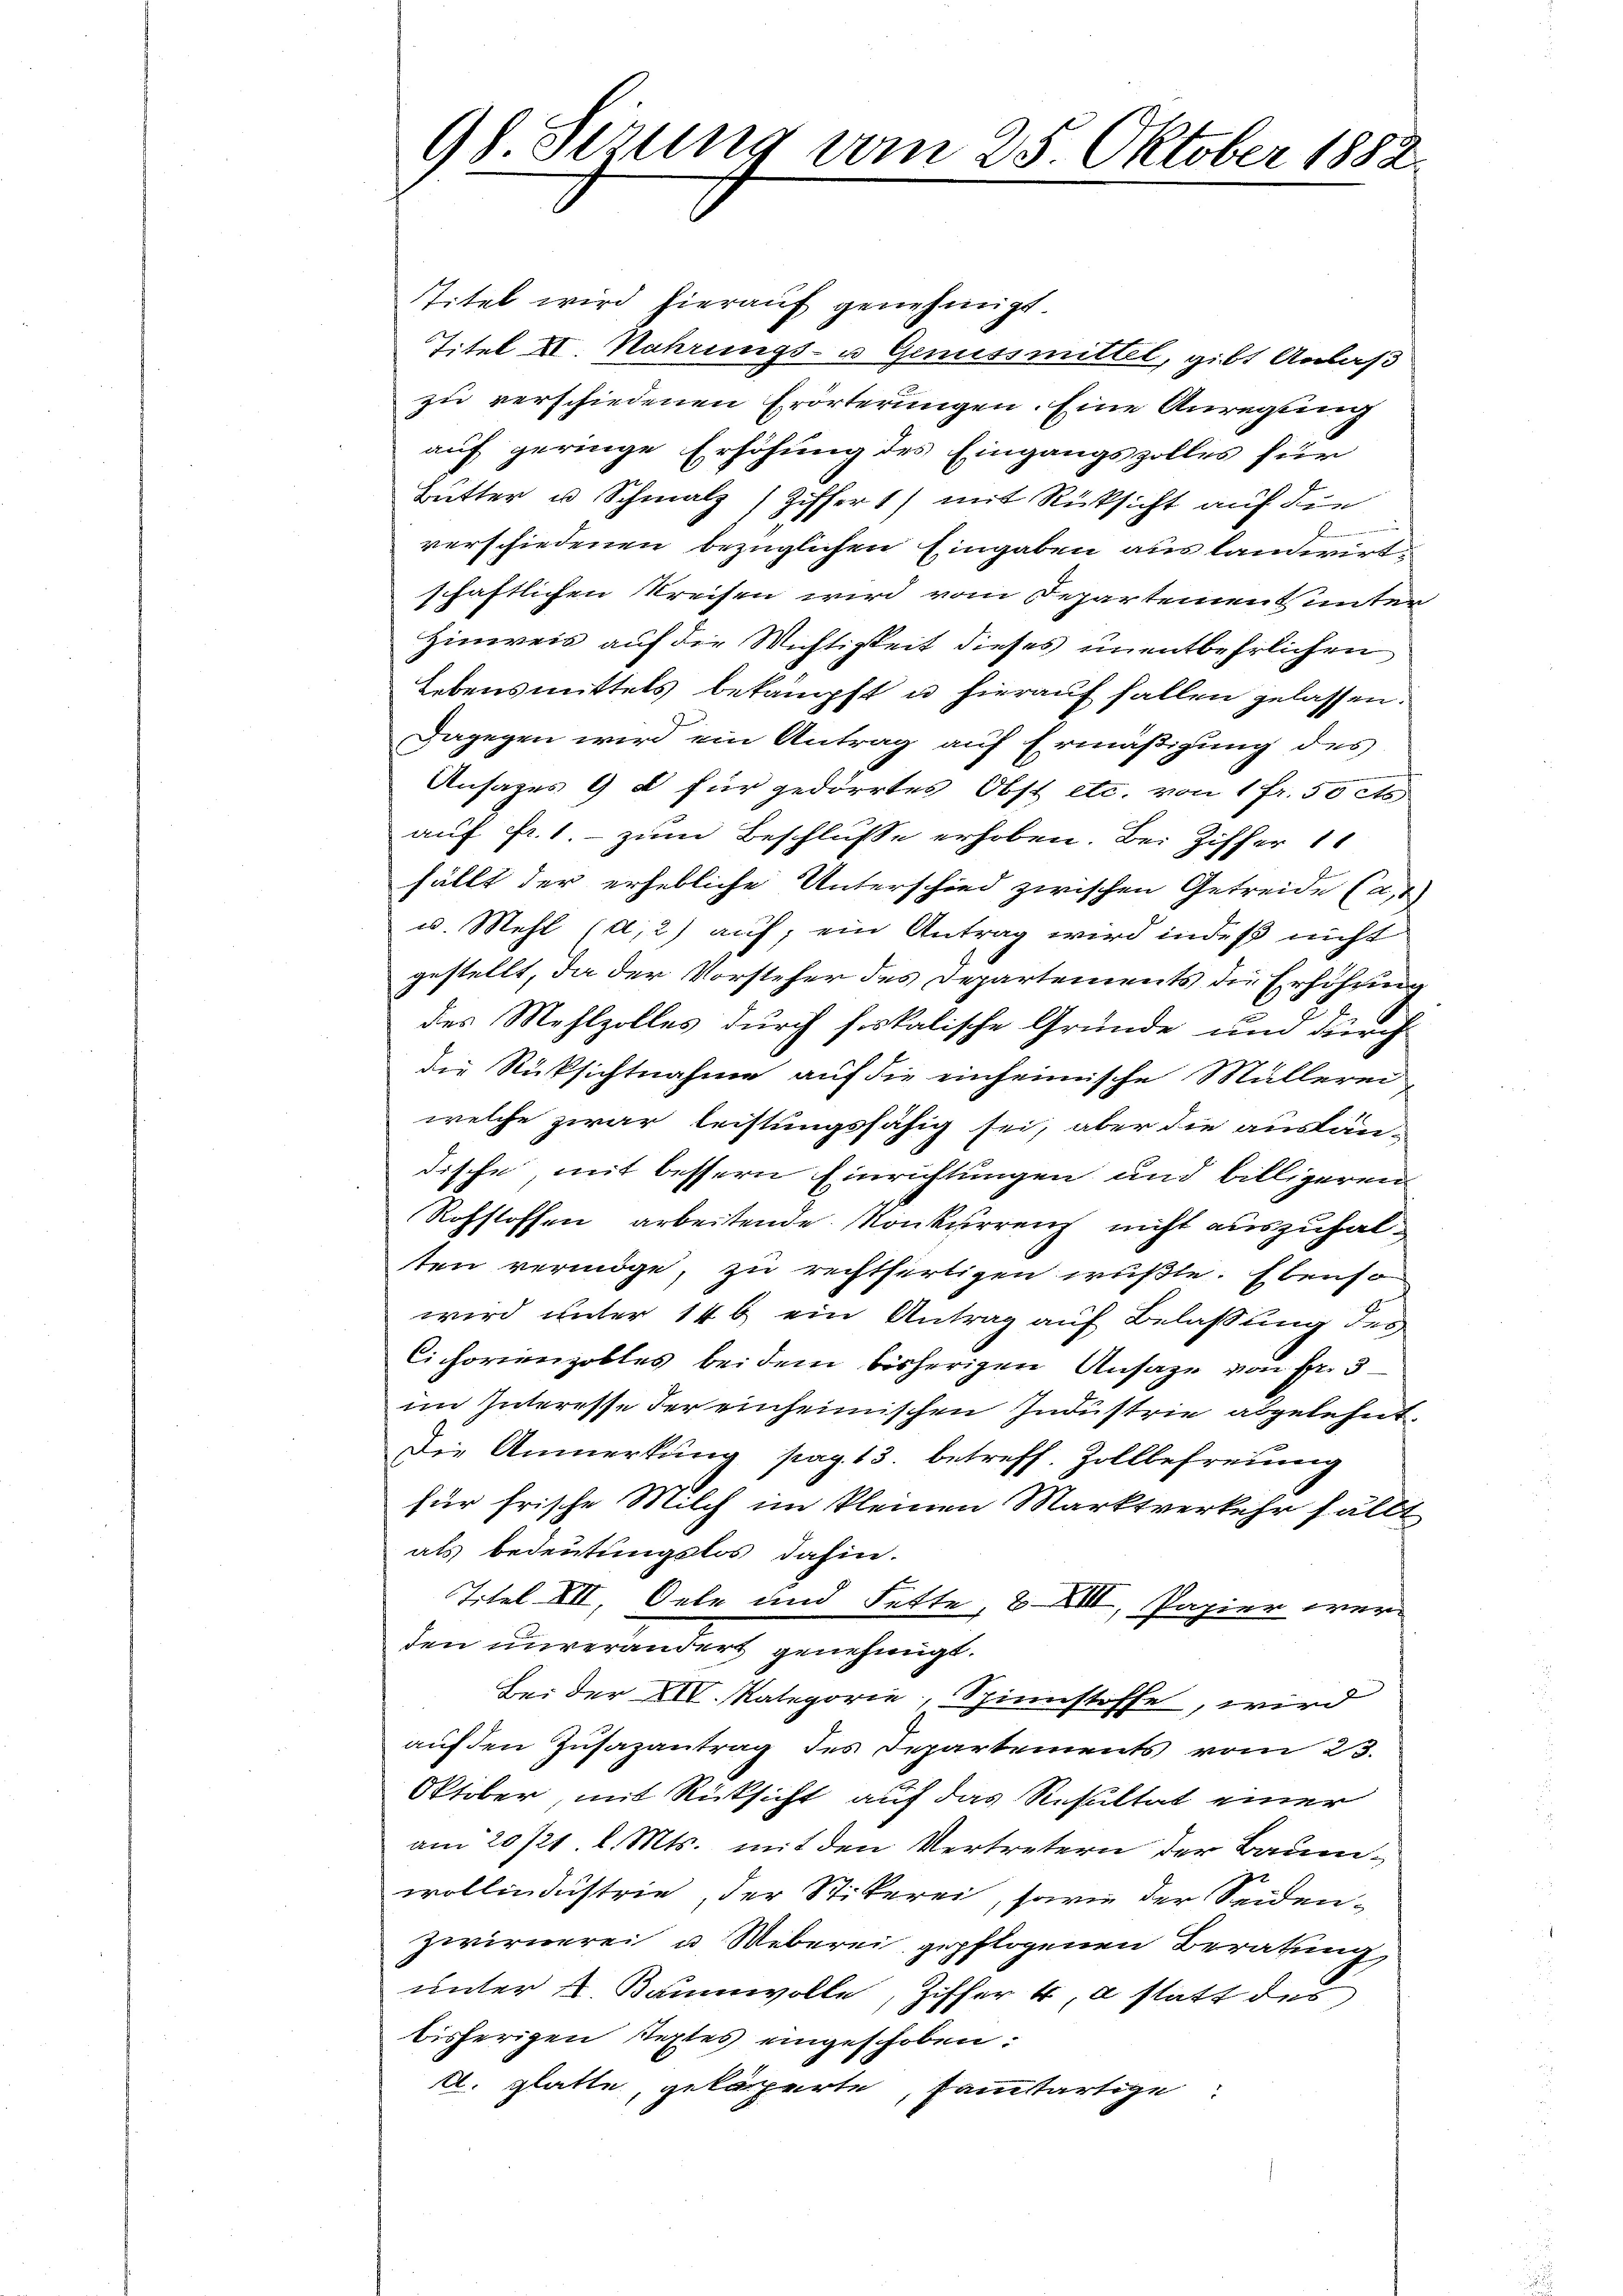
98. Serung vom 25. Oktober 1882.

Titel wird hierauf genehmigt
Titel II. Nahrungs- u Genussmittel, gibt Anlaß
zu verschiedenen Erörterungen. Eine Anregung
auf geringe Erhöhung des Eingangszolles für
Butter u Schmalz (Ziffert) mit Rücksicht auf die
verschiedenen bezüglichen Eingaben aus landwirtschaftlichen Kreisen wird vom Departement unter
Hinweis auf die Wichtigkeit dieses unentbehrlichen
Lebensmittels bekämpft u hierauf fallen gelassen.
Dagegen wird ein Antrag auf Ermäßigung des
Ansages 9 d für gedörrtes Obst etc. von 1 Fr. 50 cts.
auf Fr. 1.- zum Beschlusse erhoben. Bei Ziffer 18
fällt der erhebliche Unterschied zwischen Getreide (a)
u. Mehl (a,2) auf; ein Antrag wird indeß nicht
gestellt, da der Vorsteher des Departements die Erhöhung
des Mehlzolles durch fiskalische Gründe um durch
die Rücksichtnahme auf die einheimische Müllerei-
welche zwar leistungsfähig sei, aber die auslän-
dische, mit bessern Einrichtungen und billigeren
Rohstoffen arbeitende Konkurrenz nicht auszuhalsten vermöge, zu rechtfertigen wußte. Ebenso
wird unter 146 ein Antrag auf Belassung des
Cichorienzolles bei dem bisherigen Ansage von Fr. 3
im Interesse der einheimischen Industrie abgelehnt,
Die Anmerkung pag. 13. betreff. Zollbefreunig
für frische Milch im kleinen Marktverkehr fällt
als bedeutungslos dahin.
Titel VII, Oele und Fette, XXIII, Papier werden unverändert genehmigt.
Bei der XII. Kategorie, Spinnstoffe, wird
aŭf den Zŭsazantrag des Separtements vom 23.
Oktober, mit Rücksicht auf das Resultat einer
am 20 /21. d. Mts. mit den Vertretern der Baumwollindustrie, der Stikerei, sowie der Seidenzwirnerei u Weberei, gepflogenen Beratung,
unter K. Baumwolle, Ziffer 4, a statt der
bisherigen Textes eingeschoben:
A. glatte, geköperte, samtartige